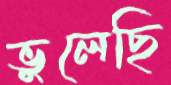
ভুলেছি